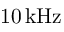
1 0 \, \mathrm { k H z }